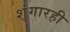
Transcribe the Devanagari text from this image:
शृंगारही